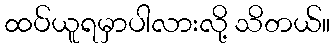
ထပ်ယူရမှာပါလားလို့ သိတယ်။